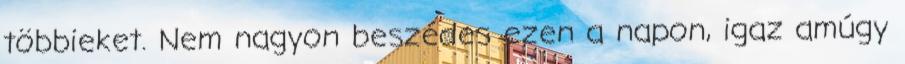
többieket. Nem nagyon beszédes ezen a napon, igaz amúgy